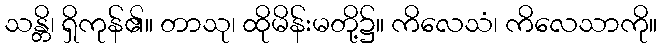
သန္တိ၊ ရှိကုန်၏။ တာသု၊ ထိုမိန်းမတို့၌။ ကိလေသံ၊ ကိလေသာကို။